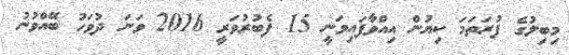
މިބިލުގެ ފުރަތަމަ ކިޔުން އިއްވާފައިވަނީ 15 ފެބުރުވަރީ 2016 ވަނަ ދުވަހު ބޭއްވުނު